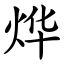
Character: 烨